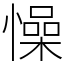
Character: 懆